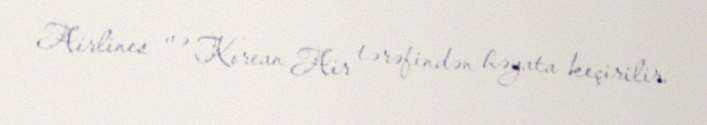
Airlines və Korean Air tərəfindən həyata keçirilir.